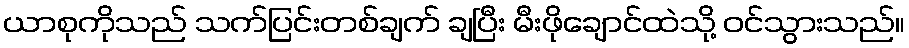
ယာစုကိုသည် သက်ပြင်းတစ်ချက် ချပြီး မီးဖိုချောင်ထဲသို့ ဝင်သွားသည်။